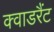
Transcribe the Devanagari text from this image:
क्वाडरैंट